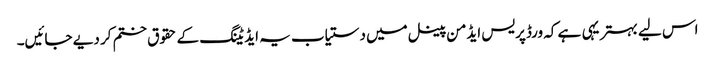
اس لیے بہتر یہی ہے کہ ورڈپریس ایڈمن پینل میں دستیاب یہ ایڈیٹنگ کے حقوق ختم کر دیے جائیں۔